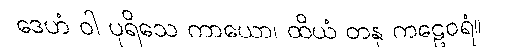
ဒေဟံ ဝါ ပုရိသေ ကာယော၊ ထိယံ တနု ကဠေဝရံ။